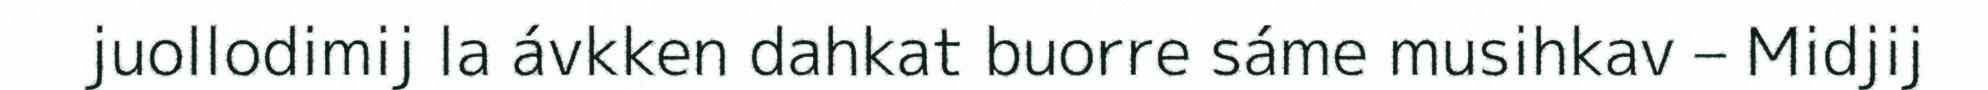
juollodimij la ávkken dahkat buorre sáme musihkav – Midjij